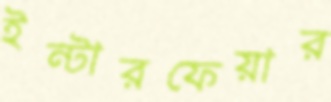
ইন্টারফেয়ার